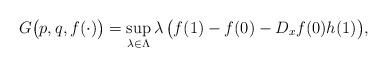
LaTeX: \begin{align*} G\big(p,q,f(\cdot)\big) = \sup_{\lambda \in \Lambda} \lambda \,\big(f(1)-f(0)- D_x f(0)h(1)\big), \end{align*}